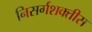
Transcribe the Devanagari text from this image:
निसर्गशक्तीस